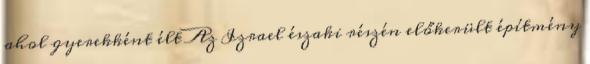
ahol gyerekként élt Az Izrael északi részén előkerült építmény